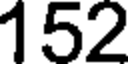
152